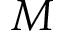
M